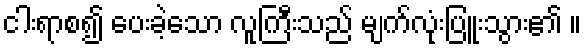
ငါးရာစ၍ ပေးခဲ့သော လူကြီးသည် မျက်လုံးပြူးသွား၏ ။